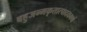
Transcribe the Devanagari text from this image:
बहुजन्मकृतात्पादयमर्थो